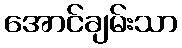
အောင်ချမ်းသာ